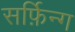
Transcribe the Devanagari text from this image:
सर्फ़िन्ग